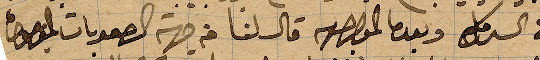
في ال.... وبعدما ... قال لنا من جهة الصعوبات ...